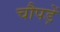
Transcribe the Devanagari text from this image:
चौपड़ें